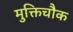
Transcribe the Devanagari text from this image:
मुक्तिचौक